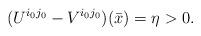
LaTeX: \begin{align*}(U^{i_0j_0}-V^{i_0j_0})(\bar{x})=\eta > 0.\end{align*}